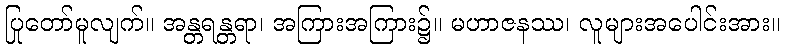
ပြုတော်မူလျက်။ အန္တရန္တရာ၊ အကြားအကြား၌။ မဟာဇနဿ၊ လူများအပေါင်းအား။